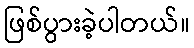
ဖြစ်ပွားခဲ့ပါတယ်။